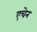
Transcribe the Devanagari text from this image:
एचेन